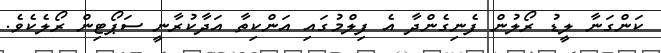
ކަންގަނާ ލީޑު ރޯލުން ފެނިގެންދާ އެ ފިލްމުގައި އަންކިތާ އަދާކުރާނީ ސަޕޯޓިން ރޯލެކެވެ.